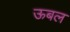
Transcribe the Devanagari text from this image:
ऊबल